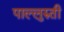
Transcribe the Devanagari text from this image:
पाल्लुरुती